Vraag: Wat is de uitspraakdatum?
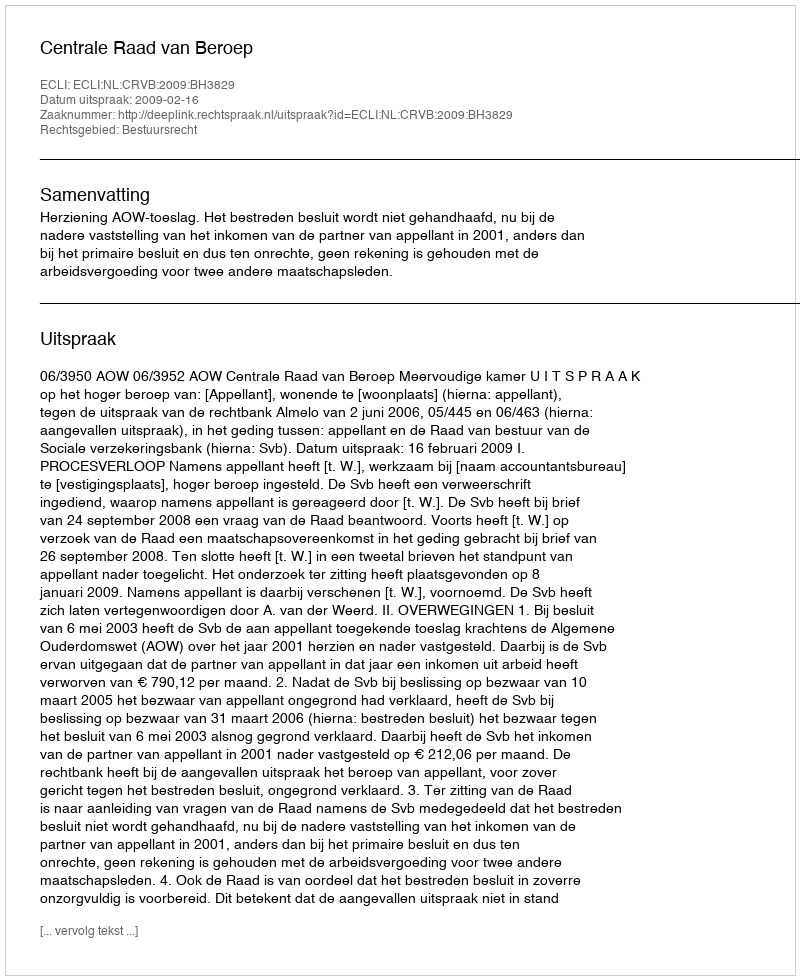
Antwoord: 2009-02-16